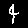
Digit: 4